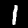
Digit: 1